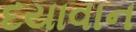
દયાવાન